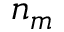
n _ { m }